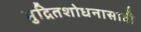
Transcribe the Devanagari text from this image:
मुद्रितशोधनासाठी